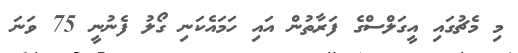
މި މެޗުގައި އީގަލްސްގެ ފަރާތުން އައި ހަމައެކަނި ގޯލު ފެނުނީ 75 ވަނަ